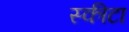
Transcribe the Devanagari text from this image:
स्कीटा